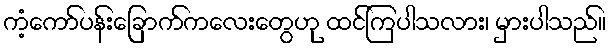
ကံ့ကော်ပန်းခြောက်ကလေးတွေဟု ထင်ကြပါသလား၊ မှားပါသည်။